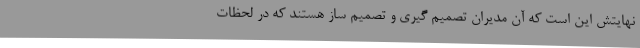
نهایتش این است که آن مدیران تصمیم گیری و تصمیم ساز هستند که در لحظات